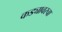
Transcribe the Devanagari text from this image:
कड्यावरचा